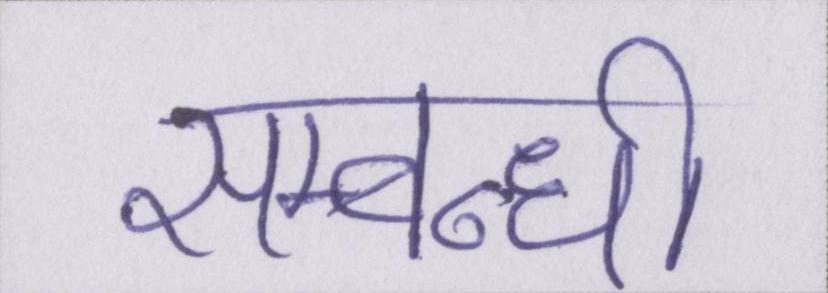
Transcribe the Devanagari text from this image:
सम्बन्धी